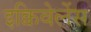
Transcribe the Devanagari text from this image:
इक्विवेलेंस